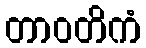
တာဝတိကံ